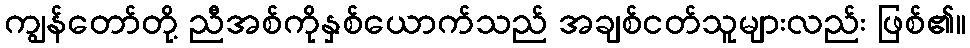
ကျွန်တော်တို့ ညီအစ်ကိုနှစ်ယောက်သည် အချစ်ငတ်သူများလည်း ဖြစ်၏။